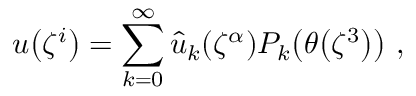
u \mathopen { } \mathclose \bgroup \left( \zeta ^ { i } \aftergroup \egroup \right) = \sum _ { k = 0 } ^ { \infty } \hat { u } _ { k } \mathopen { } \mathclose \bgroup \left( \zeta ^ { \alpha } \aftergroup \egroup \right) P _ { k } \mathopen { } \mathclose \bgroup \left( \theta \mathopen { } \mathclose \bgroup \left( \zeta ^ { 3 } \aftergroup \egroup \right) \aftergroup \egroup \right) ~ ,